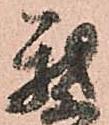
我